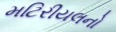
મટિરીયલનો